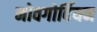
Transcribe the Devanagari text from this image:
नोवगोर्दियन